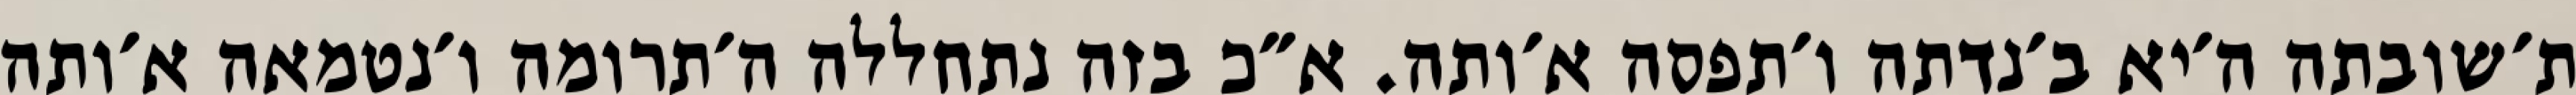
ת׳שובתה ה׳יא ב׳נדתה ו׳תפסה א׳ותה. א״כ בזה נתחללה ה׳תרומה ו׳נטמאה א׳ותה